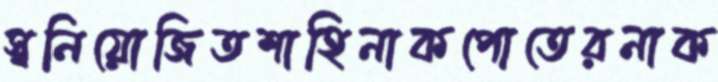
স্বনিয়োজিতশাহিনাকপোতেরনাক